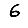
Digit: 6